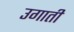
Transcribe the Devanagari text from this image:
उगाती